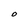
Character: O